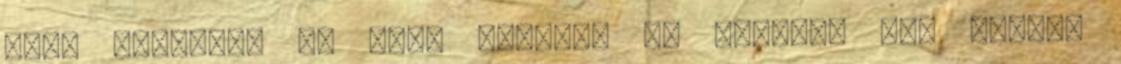
kéne figyelni az első próbán, ha esetleg nem nekünk